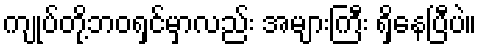
ကျုပ်တို့ဘဝရှင်မှာလည်း အများကြီး ရှိနေပြီပဲ။